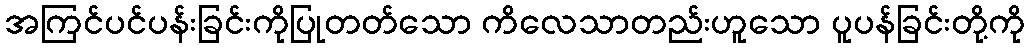
အကြင်ပင်ပန်းခြင်းကိုပြုတတ်သော ကိလေသာတည်းဟူသော ပူပန်ခြင်းတို့ကို